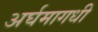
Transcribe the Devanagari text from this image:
अर्घमागधी